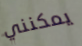
يمكنني